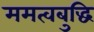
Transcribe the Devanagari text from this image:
ममत्वबुद्धि